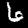
Label: 6